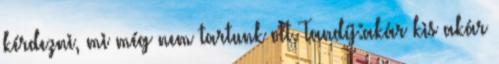
kérdezni, mi még nem tartunk ott. Tandíj:akár kis akár